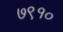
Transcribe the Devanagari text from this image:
७९१०